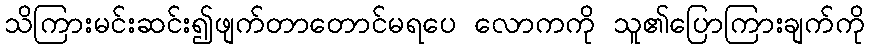
သိကြားမင်းဆင်း၍ဖျက်တာတောင်မရပေ လောကကို သူ၏ပြောကြားချက်ကို